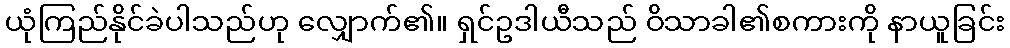
ယုံကြည်နိုင်ခဲပါသည်ဟု လျှောက်၏။ ရှင်ဥဒါယီသည် ဝိသာခါ၏စကားကို နာယူခြင်း